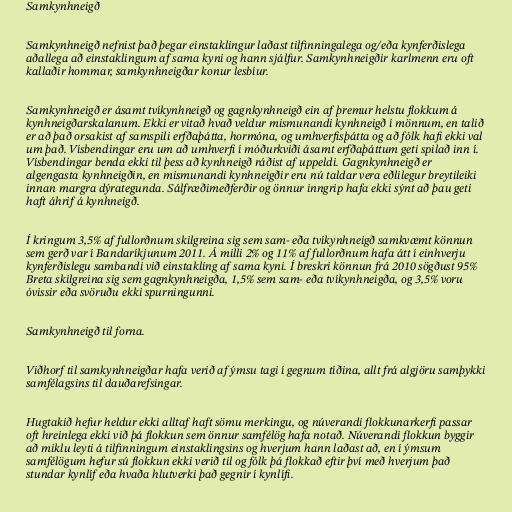
Samkynhneigð

Samkynhneigð nefnist það þegar einstaklingur laðast tilfinningalega og/eða kynferðislega
aðallega að einstaklingum af sama kyni og hann sjálfur. Samkynhneigðir karlmenn eru oft
kallaðir hommar, samkynhneigðar konur lesbíur.

Samkynhneigð er ásamt tvíkynhneigð og gagnkynhneigð ein af þremur helstu flokkum á
kynhneigðarskalanum. Ekki er vitað hvað veldur mismunandi kynhneigð í mönnum, en talið
er að það orsakist af samspili erfðaþátta, hormóna, og umhverfisþátta og að fólk hafi ekki val
um það. Vísbendingar eru um að umhverfi í móðurkviði ásamt erfðaþáttum geti spilað inn í.
Vísbendingar benda ekki til þess að kynhneigð ráðist af uppeldi. Gagnkynhneigð er
algengasta kynhneigðin, en mismunandi kynhneigðir eru nú taldar vera eðlilegur breytileiki
innan margra dýrategunda. Sálfræðimeðferðir og önnur inngrip hafa ekki sýnt að þau geti
haft áhrif á kynhneigð.

Í kringum 3,5% af fullorðnum skilgreina sig sem sam- eða tvíkynhneigð samkvæmt könnun
sem gerð var í Bandaríkjunum 2011. Á milli 2% og 11% af fullorðnum hafa átt í einhverju
kynferðislegu sambandi við einstakling af sama kyni. Í breskri könnun frá 2010 sögðust 95%
Breta skilgreina sig sem gagnkynhneigða, 1,5% sem sam- eða tvíkynhneigða, og 3,5% voru
óvissir eða svöruðu ekki spurningunni.

Samkynhneigð til forna.

Viðhorf til samkynhneigðar hafa verið af ýmsu tagi í gegnum tíðina, allt frá algjöru samþykki
samfélagsins til dauðarefsingar.

Hugtakið hefur heldur ekki alltaf haft sömu merkingu, og núverandi flokkunarkerfi passar
oft hreinlega ekki við þá flokkun sem önnur samfélög hafa notað. Núverandi flokkun byggir
að miklu leyti á tilfinningum einstaklingsins og hverjum hann laðast að, en í ýmsum
samfélögum hefur sú flokkun ekki verið til og fólk þá flokkað eftir því með hverjum það
stundar kynlíf eða hvaða hlutverki það gegnir í kynlífi.